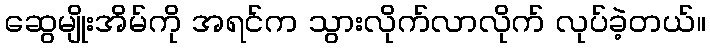
ဆွေမျိုးအိမ်ကို အရင်က သွားလိုက်လာလိုက် လုပ်ခဲ့တယ်။